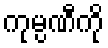
ကုမ္ပဏီကို